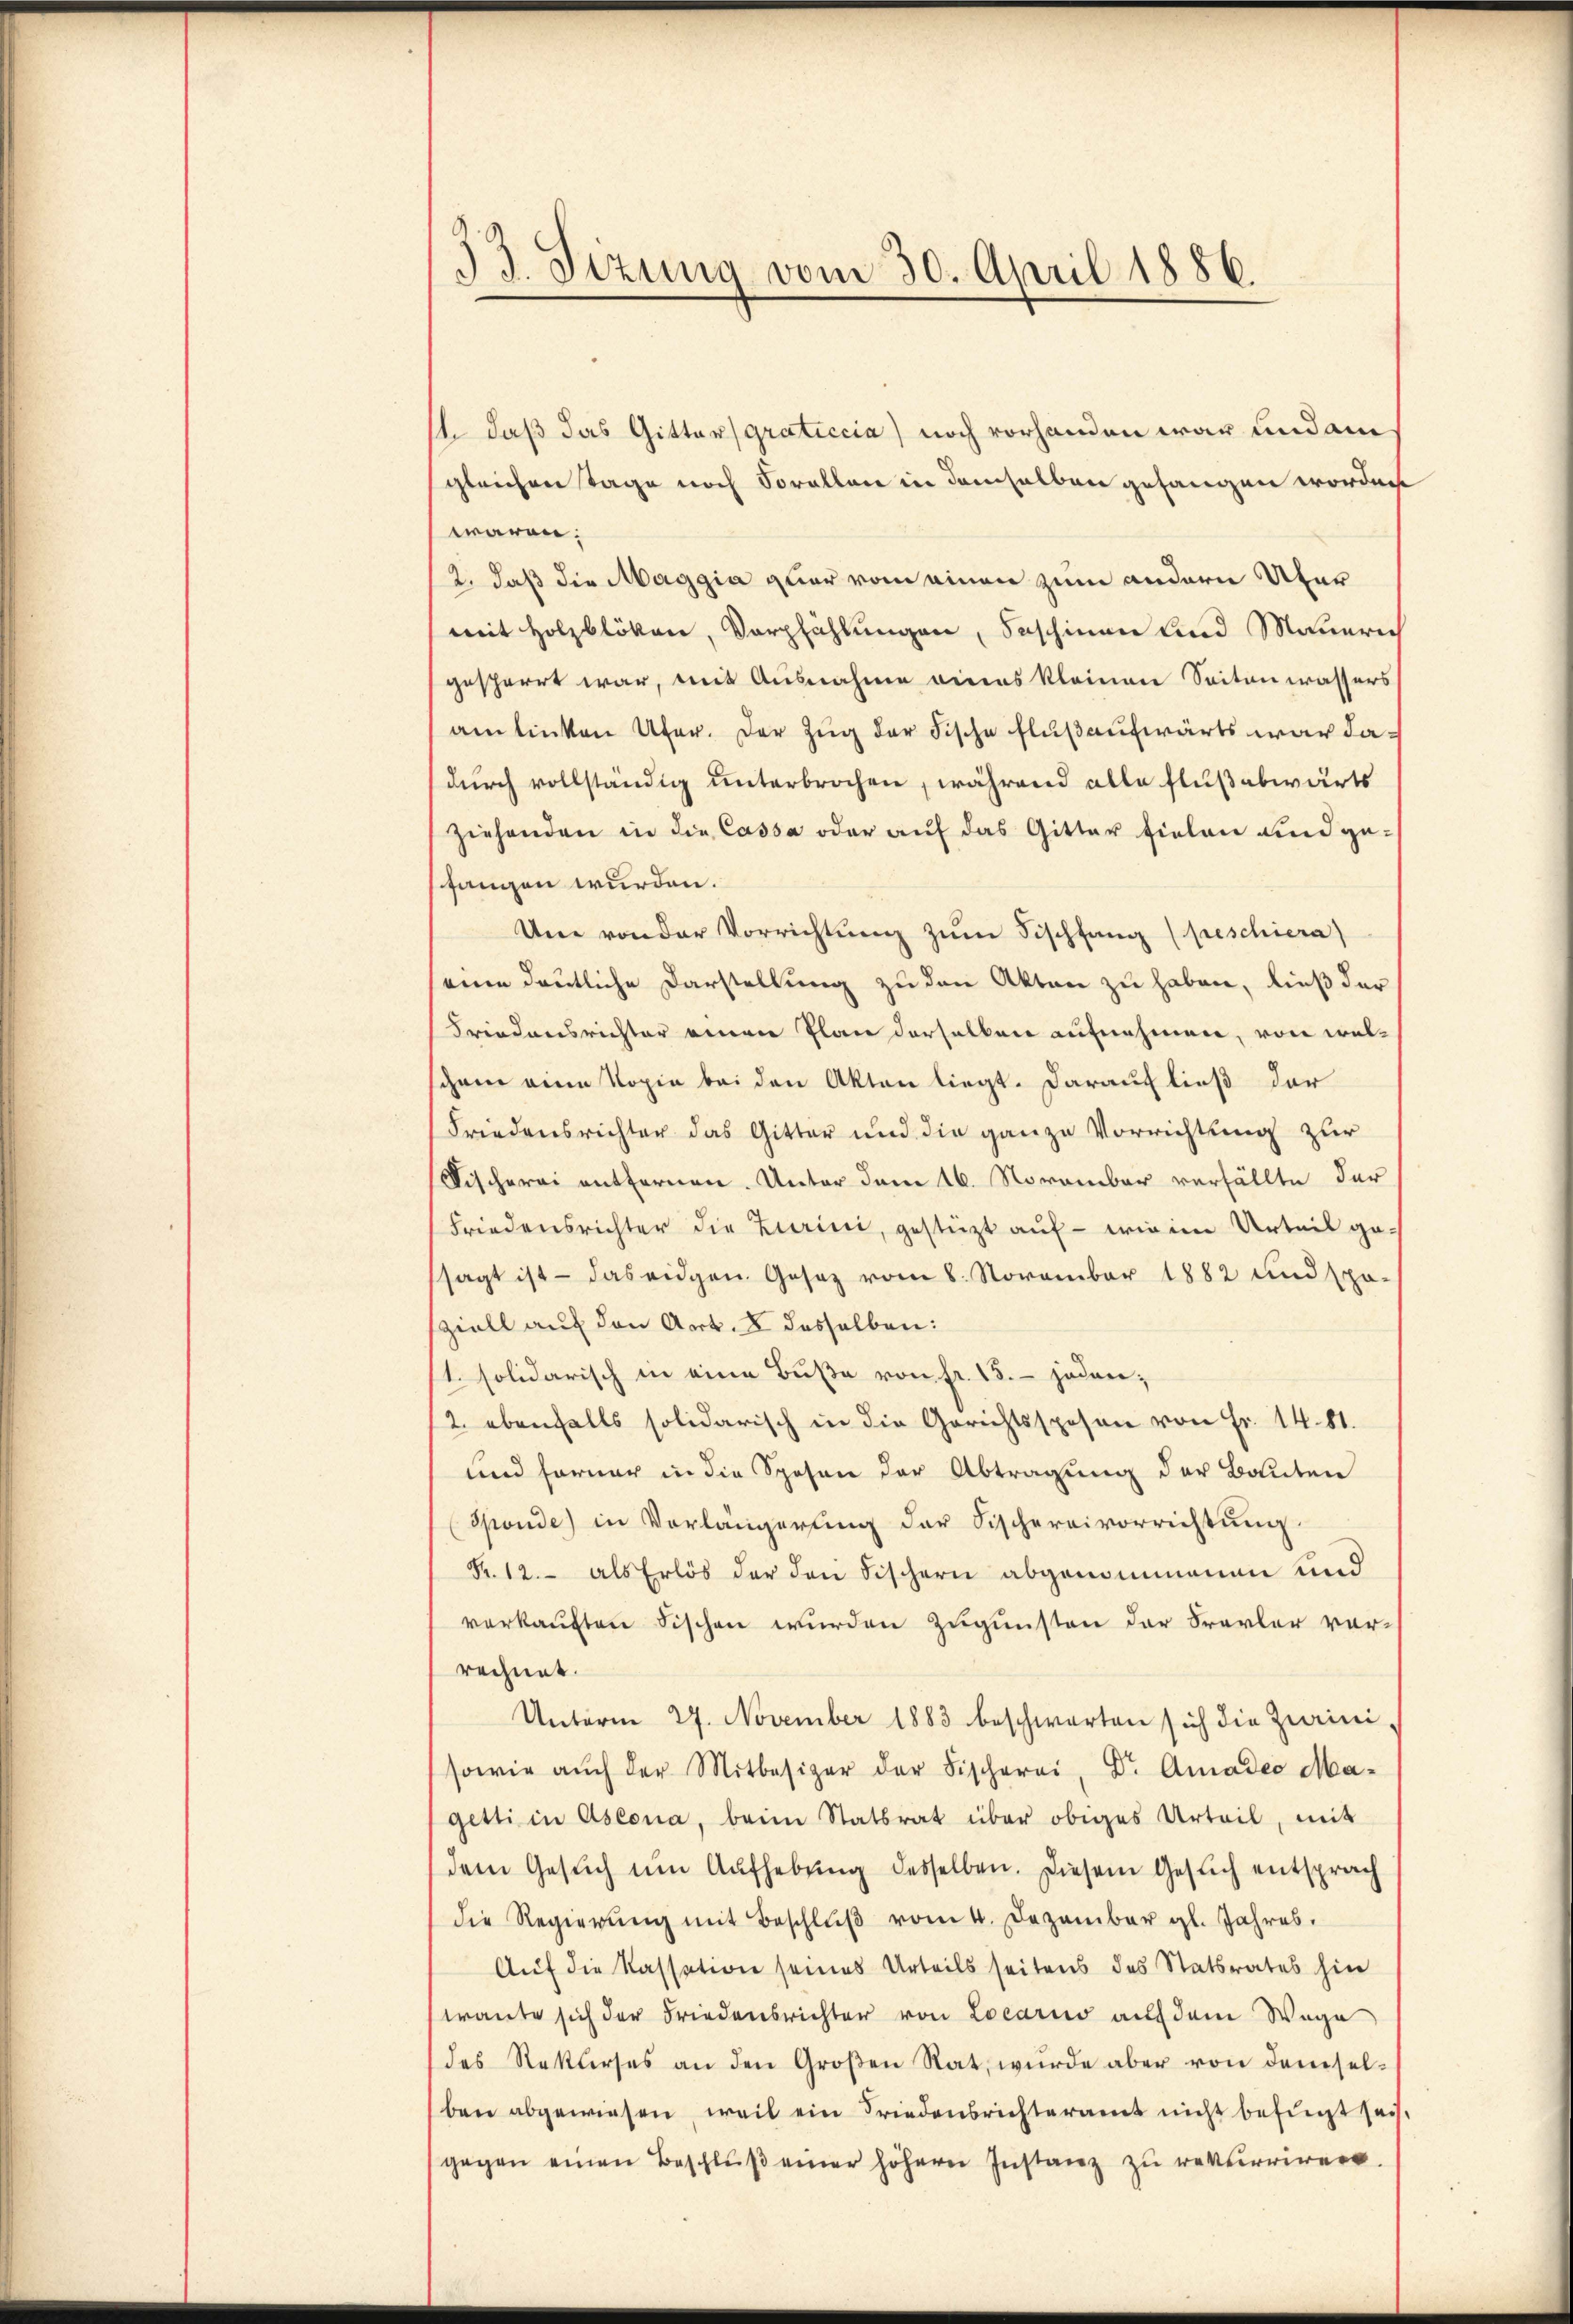
33. Sizung vom 30. April 1886.

t daß das Gittergraticcia noch vorhanden war und am
gleichen Tage noch Forallen in demselben gefangen worden
waren:
2. daß die Maggia quar vom einen zum andern Über
mit Holzblösen, Vorpfählungen, beschinen und Mauerich
gescharrt war, mit Ausnahme vieres kleinen Seitenwassers
am linken Ufer. Der Zug der Fische Flußaufwärts war dadurch vollständig unterbrochen, während alle Flußabwärts
Ziehenden in die Cassa oder auf das Gitter fielen und gefangen wurden.
Um von der Vorrichtŭng zŭm Fischfang (peschiera)
eine deutliche Darstellung zu den Akten zu haben, ließ der
Friedensrichter einen Plan derselben aufnehmen, von welgam eine Kopie bei den Akten liegt. Darauf ließ der
Friedensrichter das Gitter und die ganze Vorrichtung zur
Vischerei entfernen. Unter dem 16. November verfällte der
Friedensrichter die Zurini, gestützt auf - wie im Urteil ge-
sagt ist - das eidgen. Gesetz vom 8. November 1882 und spä-
sziell auf den Art. 8 desselben:
1. solidarisch in eine Buße von fr. 15. - jeden;
/2 ebenfalls solidarisch in die Gerichtsspesen von Fr. 14. 81.
und ferner in die Spesen der Abtragung der Bauten
sponde) in Vorlängerung der Fischereivorrichtung
Fr. 12. als Erlös der den Fischern abgenommenen und
verkauften Fischen wurden zugunsten der Srarler vorrechnet.
Unterm 29. November 1883 beschwerten sich die Zurini
sowie aŭch der Mitbesizer der Fischerei, Dr. Amadeo Magetti in Ascona, beim Statsrat über obiges Urteil, mit
dem Gesŭch ŭm Aŭfhebŭng desselben. Diesem Gesŭch entsprach
die Regierŭng mit Beschlŭβ vom 4. Dezember gl. Jahres.
Auf die Kassation seines Urteils seitens des Statsrates hin
traute sich der Friedensrichter von Locario auf dem Wege
des Rekurses an den Großen Rat, wurde aber von demselben abgewiesen, weil ein Friedensrichteramt nicht befugt sei,
gegen einen Beschlŭβ einer höhern Instanz zu rekurriren.